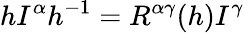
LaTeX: hI^{\alpha}h^{-1}=R^{\alpha\gamma}(h)I^{\gamma}